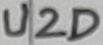
Text: U2D